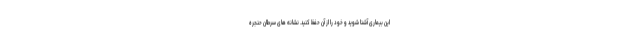
این بیماری آشنا شوید و خود را از آن حفظ کنید. نشانه ­های سرطان حنجره­